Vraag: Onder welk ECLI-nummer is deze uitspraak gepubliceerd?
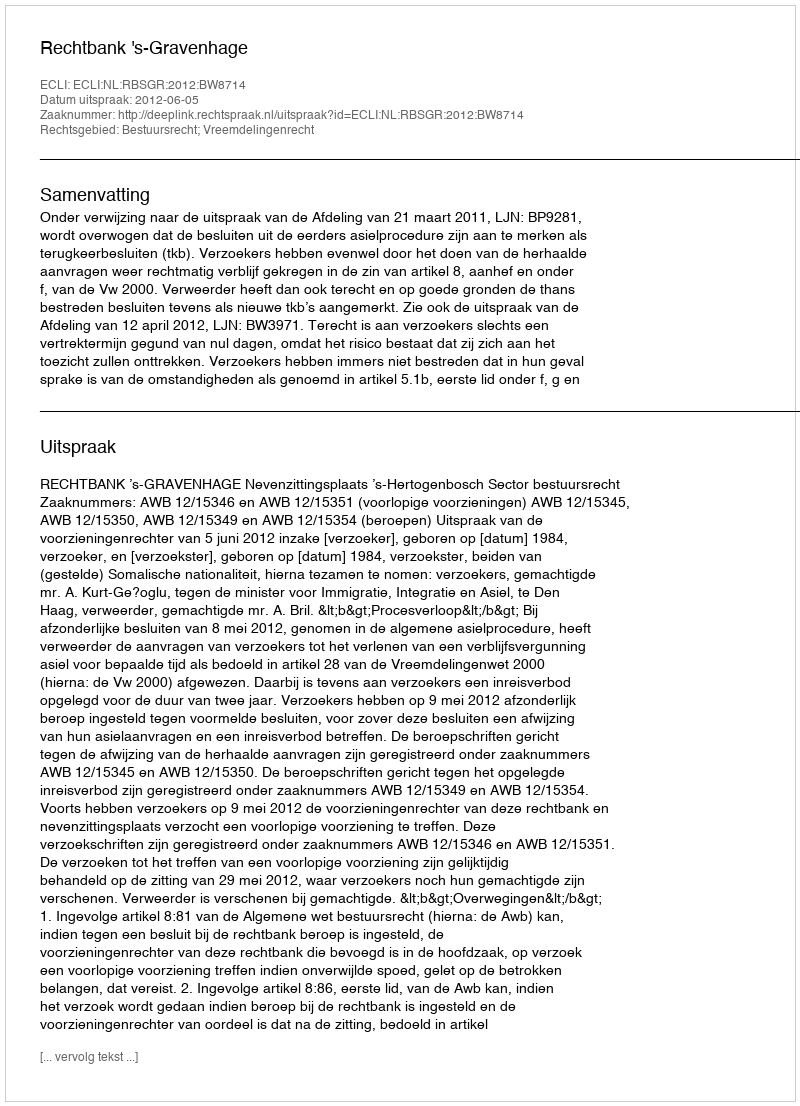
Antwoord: ECLI:NL:RBSGR:2012:BW8714